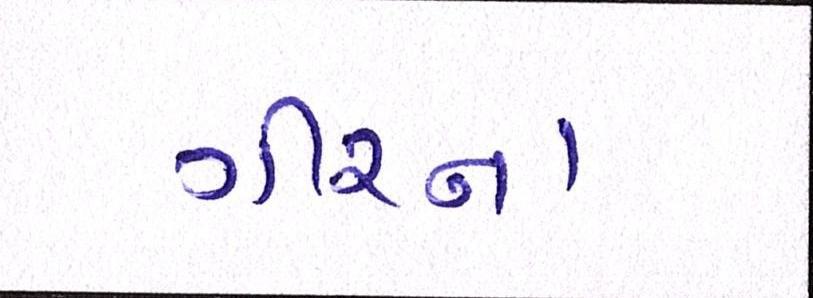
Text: ગીરના